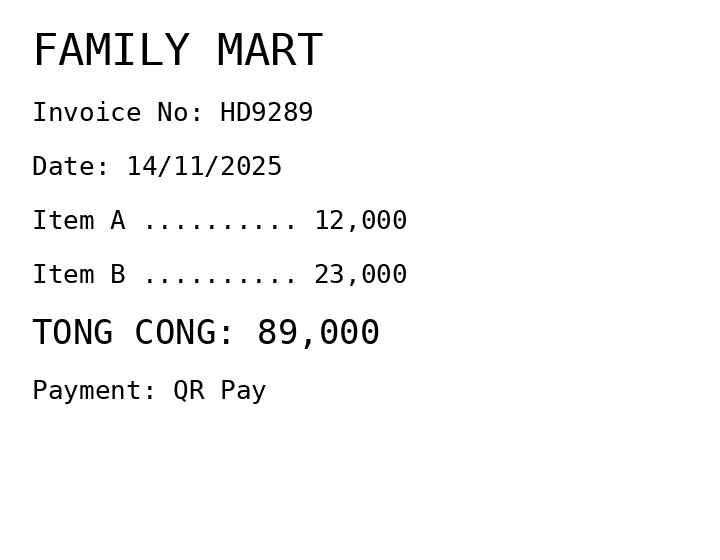
FAMILY MART
Invoice No: HD9289
Date: 14/11/2025
Item A .......... 12,000
Item B .......... 23,000
TONG CONG: 89,000
Payment: QR Pay
Merchant: family mart
Date: 2025-11-14
Total: 89000
Invoice No: HD9289
Payment method: QR